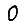
Digit: 0